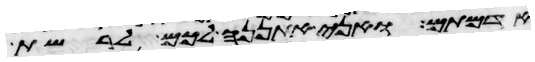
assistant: אדמתם ואני אתננה לכם לרשת